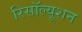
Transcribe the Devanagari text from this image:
रिसॉल्यूशन